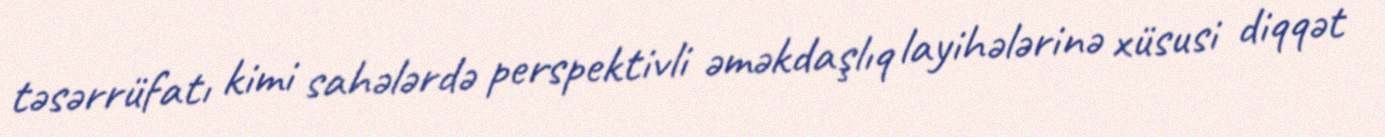
təsərrüfatı kimi sahələrdə perspektivli əməkdaşlıq layihələrinə xüsusi diqqət